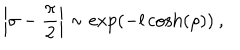
LaTeX: \left| \sigma - \displaystyle \frac { \pi } { 2 } \right| \sim \exp \left( - l \cosh \left( \rho \right) \right) \: ,